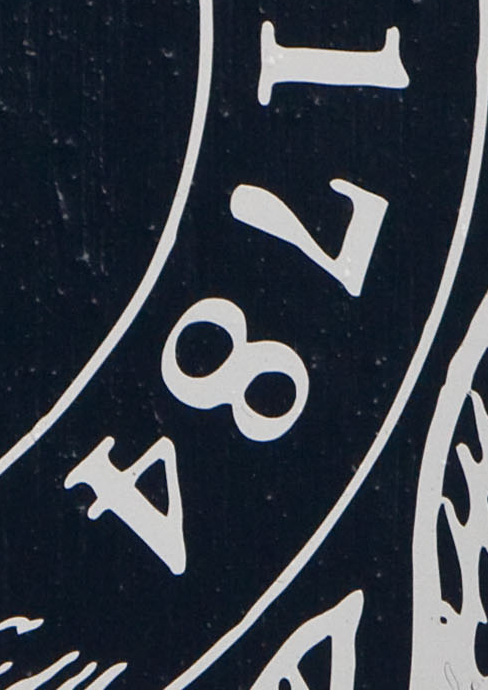
1784